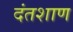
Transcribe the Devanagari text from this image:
दंतशाण